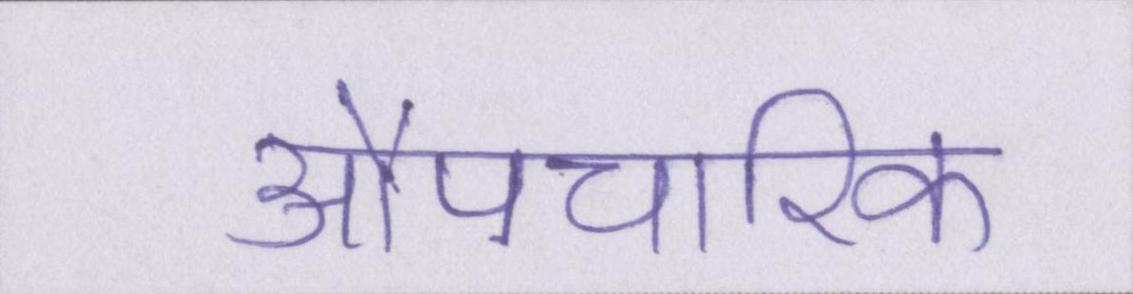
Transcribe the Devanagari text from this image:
औपचारिक